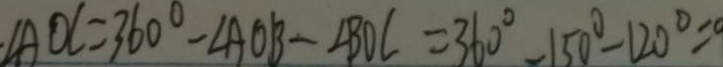
\angle A O C = 3 6 0 ^ { \circ } - \angle A O B - \angle B O C = 3 6 0 ^ { \circ } - 1 5 0 ^ { \circ } - 1 2 0 ^ { \circ } =